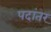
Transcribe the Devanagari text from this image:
पदांतर